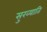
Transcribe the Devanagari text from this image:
सुख्याति